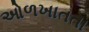
ઓળખાતતા